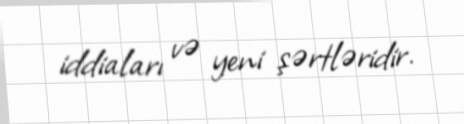
iddiaları və yeni şərtləridir.